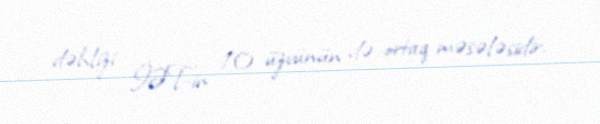
dəhlizi İƏT-in 10 üzvünün də ortaq məsələsidir.